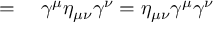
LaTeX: \begin{array} { r l } { = { } } & { { } \gamma ^ { \mu } \eta _ { \mu \nu } \gamma ^ { \nu } = \eta _ { \mu \nu } \gamma ^ { \mu } \gamma ^ { \nu } } \end{array}